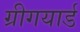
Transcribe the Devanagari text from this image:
ग्रीगयार्ड